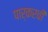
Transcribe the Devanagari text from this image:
पार्करची